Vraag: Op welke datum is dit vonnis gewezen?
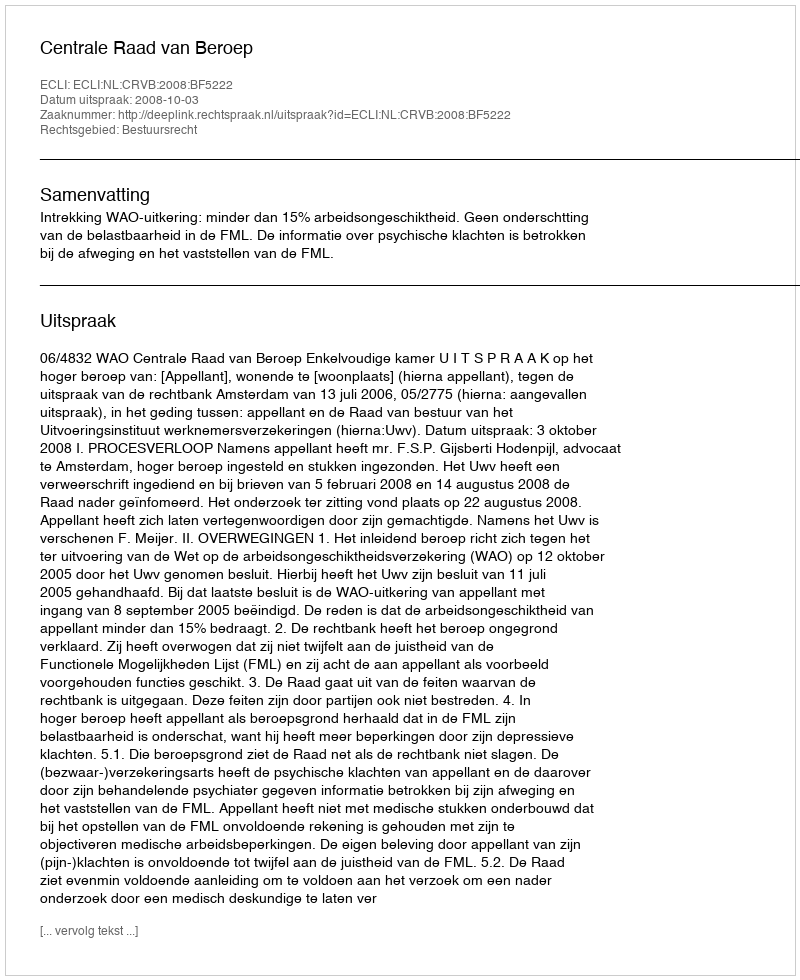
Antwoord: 2008-10-03